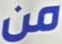
من